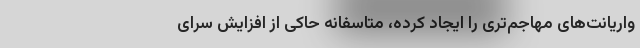
واریانت‌های مهاجم‌تری را ایجاد کرده، متاسفانه حاکی از افزایش سرای